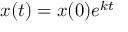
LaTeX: x ( t ) = x ( 0 ) e ^ { k t }